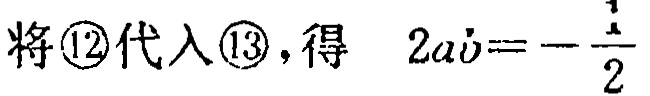
将\textcircled{12}代入\textcircled{13}，得 \(2a\dot{v}=-\frac{1}{2}\)